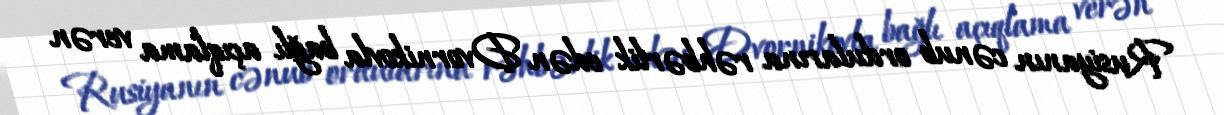
Rusiyanın cənub ordularına rəhbərlik edən Dvornikovla bağlı açıqlama verən